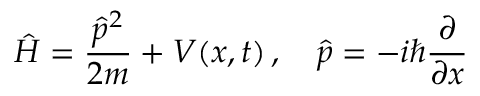
{ \hat { H } } = { \frac { { \hat { p } } ^ { 2 } } { 2 m } } + V ( x , t ) \, , \quad { \hat { p } } = - i \hbar { \frac { \partial } { \partial x } }